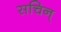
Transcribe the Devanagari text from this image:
सचिन्